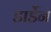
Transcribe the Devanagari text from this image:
डार्डेन